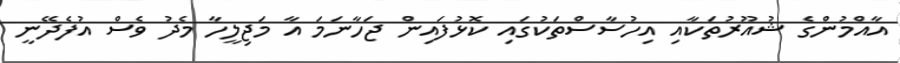
އާއްމުންގެ ޝުއޫރުތަކާއި އިހުސާސްތަކުގައި ކޮޅުފައިން ޖަހާނަމަ އާ މަޖިލީހާ މެދު ވެސް އުފެދޭނީ